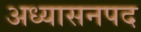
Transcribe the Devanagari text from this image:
अध्यासनपद